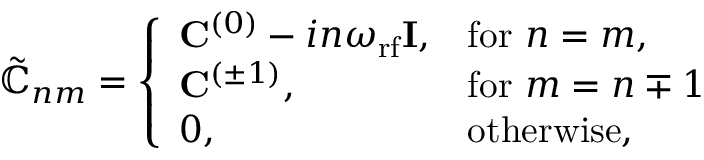
\begin{array} { r } { \tilde { \mathbb { C } } _ { n m } = \left\{ \begin{array} { l l } { \mathbf { C } ^ { ( 0 ) } - i n \omega _ { \mathrm { r f } } \mathbf { I } , } & { \mathrm { f o r } \ n = m , } \\ { \mathbf { C } ^ { ( \pm 1 ) } , } & { \mathrm { f o r } \ m = n \mp 1 } \\ { 0 , } & { \mathrm { o t h e r w i s e } , } \end{array} \right. } \end{array}